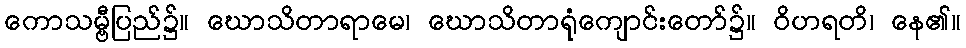
ကောသမ္ဗီပြည်၌။ ဃောသိတာရာမေ၊ ဃောသိတာရုံကျောင်းတော်၌။ ဝိဟရတိ၊ နေ၏။